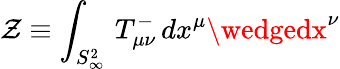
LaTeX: \mathcal{Z}\equiv\int_{S_{\infty}^{2}}\, T_{\mu\nu}^{-}\, dx^{\mu}\wedgedx^{\nu}